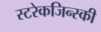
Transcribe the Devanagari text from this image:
स्टरेकजिन्स्की